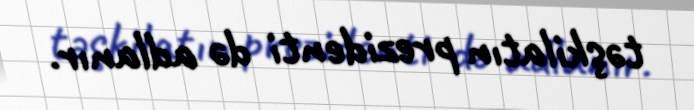
təşkilatın prezidenti də adlanır.